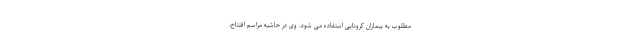
مطلوب به بیماران کرونایی استفاده می شود. وی در حاشیه مراسم افتتاح،